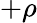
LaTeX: +\rho